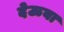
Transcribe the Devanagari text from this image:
देऊबा